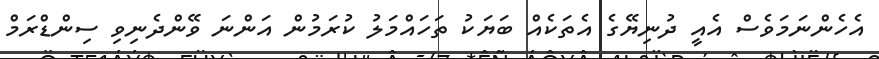
އެހެންނަމަވެސް އެއީ ދުނިޔޭގެ އެތަކެއް ބަޔަކު ތަހައްމަލު ކުރަމުން އަންނަ ވޭންދެނިވި ސިންޑްރަމް